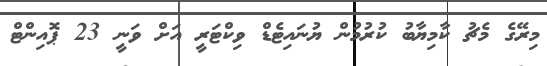
މިރޭގެ މެޗު ކާމިޔާބު ކުރުމުން ޔުނައިޓެޑް ވިކްޓަރީ އަށް ވަނީ 23 ޕޮއިންޓް